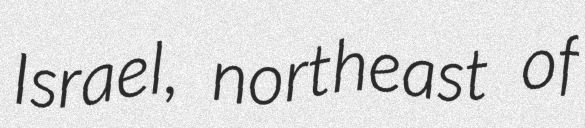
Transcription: Israel, northeast of